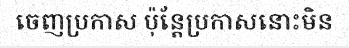
ចេញប្រកាស ប៉ុន្តែប្រកាសនោះមិន